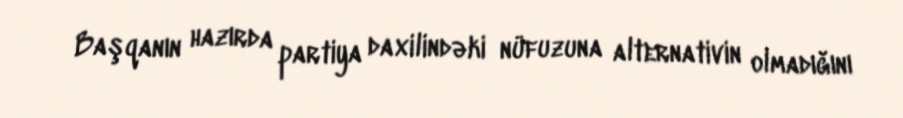
Başqanın hazırda partiya daxilindəki nüfuzuna alternativin olmadığını